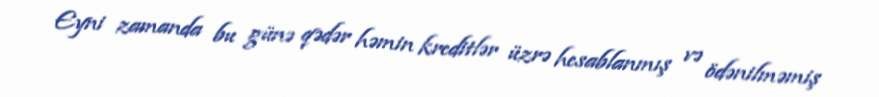
Eyni zamanda bu günə qədər həmin kreditlər üzrə hesablanmış və ödənilməmiş